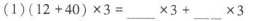
(1)$$( 1 2 + 4 0 ) \times 3 =___ \times 3 + ___ \times 3$$